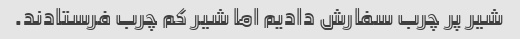
شیر پر چرب سفارش دادیم اما شیر کم چرب فرستادند.